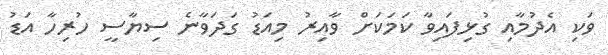
ވަކި އެދުމާއި ގުޅިފައިވާ ކަމަކަށް ވާއިރު މިއަޑު ގަދަވާނެ ސިޔާސީ ހުރިހާ އަޑު